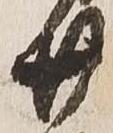
廿